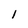
Character: 1